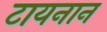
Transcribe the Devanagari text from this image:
टायनान